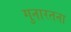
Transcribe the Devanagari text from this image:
गुनारतना